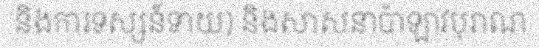
និងការទស្សន៍ទាយ) និងសាសនាប៉ាឡាវបុរាណ